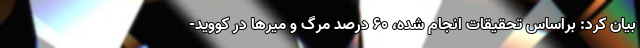
بیان کرد: براساس تحقیقات انجام شده، ۶۰ درصد مرگ و میرها در کووید-